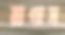
রাগাস